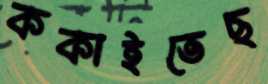
ককাইতেছ